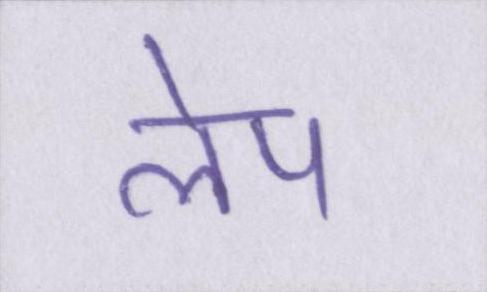
लेप